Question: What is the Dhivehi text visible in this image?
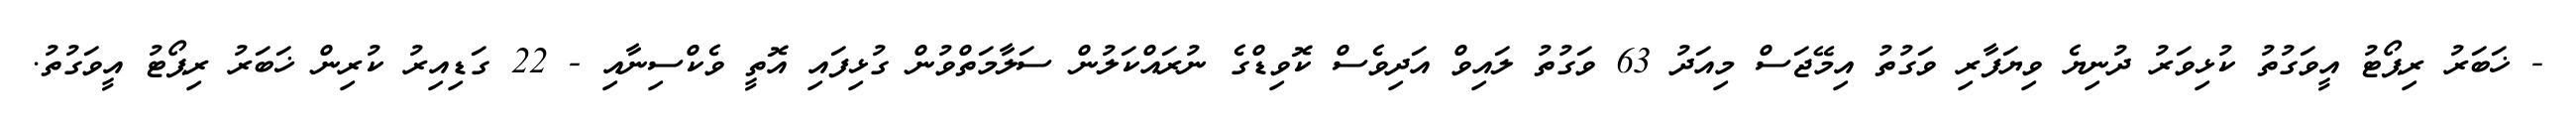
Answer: - ޚަބަރު ރިޕޯޓު އީވަގުތު ކުޅިވަރު ދުނިޔެ ވިޔަފާރި ވަގުތު އިމޭޖަސް މިއަދު 63 ވަގުތު ލައިވް އަދިވެސް ކޮވިޑްގެ ނުރައްކަލުން ސަލާމަތްވުން ގުޅިފައި އޮތީ ވެކްސިނާއި - 22 ގަޑިއިރު ކުރިން ޚަބަރު ރިޕޯޓު އީވަގުތު.